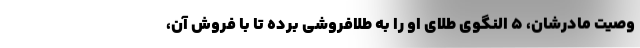
وصیت مادرشان، ۵ النگوی طلای او را به طلافروشی برده تا با فروش آن،